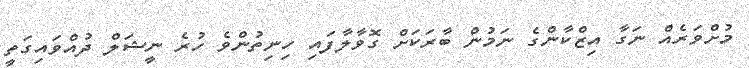
މުށްވަރެއް ނަގާ އިޒްކާންގެ ނަމުން ބާރަކަށް ގޮވާލާފައި ހިނިތުންވެ ހުރެ ނީޝަލް ދުއްވައިގަތީ